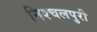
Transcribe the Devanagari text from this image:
निश्चलपुरी